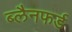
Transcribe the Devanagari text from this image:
ब्लैनफर्ड